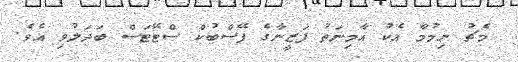
މެޗު ނިމުމާ އެކު އާމިނަތު ފަޒީނާގެ ފޭސްބުކް ސްޓޭޓަސް ބަދަލުވި އެވެ.